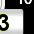
Digit: 3